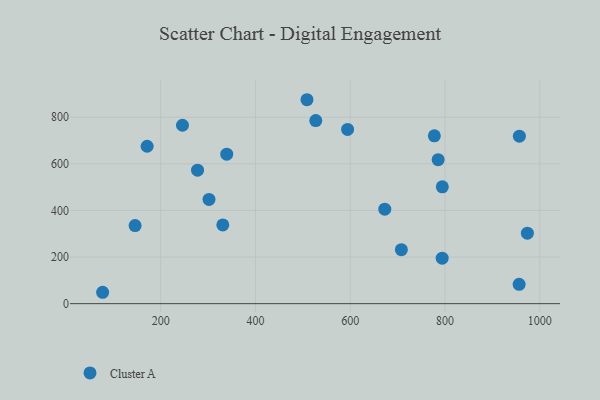
{"axis": {"x": "Investment", "y": "Demand"}, "legend": ["Cluster A"], "data": [{"x": "339.4", "y": 641.4, "type": "Cluster A"}, {"x": "973.8", "y": 302.6, "type": "Cluster A"}, {"x": "956.9", "y": 718.6, "type": "Cluster A"}, {"x": "672.9", "y": 405.6, "type": "Cluster A"}, {"x": "171.4", "y": 675.6, "type": "Cluster A"}, {"x": "707.9", "y": 231.5, "type": "Cluster A"}, {"x": "246.0", "y": 765.6, "type": "Cluster A"}, {"x": "794.3", "y": 501.3, "type": "Cluster A"}, {"x": "508.7", "y": 875.2, "type": "Cluster A"}, {"x": "956.4", "y": 83.2, "type": "Cluster A"}, {"x": "785.5", "y": 618.1, "type": "Cluster A"}, {"x": "777.5", "y": 720.1, "type": "Cluster A"}, {"x": "527.3", "y": 785.6, "type": "Cluster A"}, {"x": "794.0", "y": 195.1, "type": "Cluster A"}, {"x": "146.0", "y": 335.2, "type": "Cluster A"}, {"x": "331.1", "y": 337.9, "type": "Cluster A"}, {"x": "302.0", "y": 447.5, "type": "Cluster A"}, {"x": "277.8", "y": 572.7, "type": "Cluster A"}, {"x": "77.5", "y": 48.9, "type": "Cluster A"}, {"x": "594.4", "y": 747.7, "type": "Cluster A"}]}